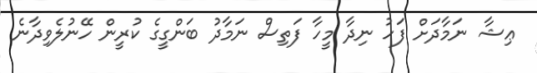
ޢިޝާ ނަމާދަށް ފަހު ނިދާ މީހާ ފަތިސް ނަމާދު ބަންގީގެ ކުރީން ހޭނުލެވިދާނެ